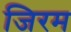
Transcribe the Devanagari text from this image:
जिरम